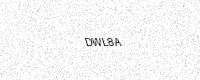
Text: DWL8A